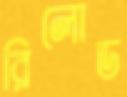
রিলোড